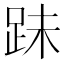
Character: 跊